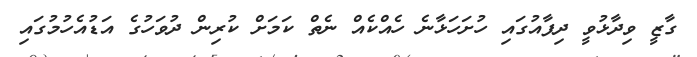
ގާޒީ ވިދާޅުވީ ދިފާއުގައި ހުށަހަޅާނެ ހެއްކެއް ނެތް ކަމަށް ކުރިން ދުވަހުގެ އަޑުއެހުމުގައި